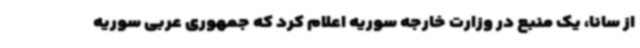
از سانا، یک منبع در وزارت خارجه سوریه اعلام کرد که جمهوری عربی سوریه